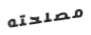
مصلحته